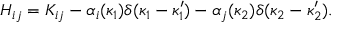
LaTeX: H _ { i j } = K _ { i j } - \alpha _ { i } ( \kappa _ { 1 } ) \delta ( \kappa _ { 1 } - \kappa _ { 1 } ^ { \prime } ) - \alpha _ { j } ( \kappa _ { 2 } ) \delta ( \kappa _ { 2 } - \kappa _ { 2 } ^ { \prime } ) .